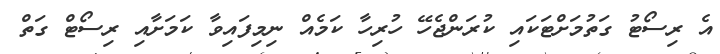
އެ ރިސޯޓު ގަތުމަށްޓަކައި ކުރަންޖެހޭ ހުރިހާ ކަމެއް ނިމިފައިވާ ކަމަށާއި ރިސޯޓް ގަތް